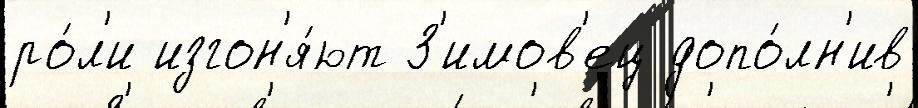
ро́л'и изгон'я́ют З'имов'ец допо́лн'ив